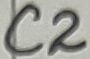
Text: C2